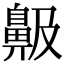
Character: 䶋